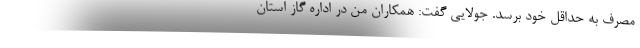
مصرف به حداقل خود برسد. جولایی گفت: همکاران من در اداره گاز استان